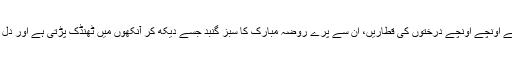
ان سے ذرا ہٹ کر کھجور کے اُونچے اُونچے درختوں کی قطاریں، ان سے پرے روضہ مبارک کا سبز گنبد جسے دیکھ کر آنکھوں میں ٹھنڈک پڑتی ہے اور دل عجب طرح کی لذت پاتا ہے۔